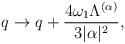
LaTeX: \begin{align*}q\rightarrow q+{4\omega_{1}\Lambda^{(\alpha)}\over{3|\alpha|^{2}}},\end{align*}